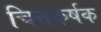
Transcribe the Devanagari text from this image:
चित्तकर्षक